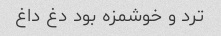
ترد و خوشمزه بود دغ داغ